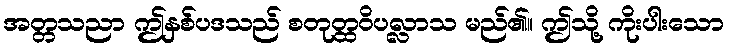
အတ္တသညာ ဤနှစ်ပဒသည် စတုတ္ထဝိပလ္လာသ မည်၏။ ဤသို့ ကိုးပါးသော